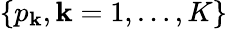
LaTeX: \{ p_{\mathbf{k}},\mathbf{k}=1,\ldots,K\}